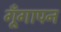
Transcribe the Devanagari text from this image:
गूँगापन